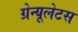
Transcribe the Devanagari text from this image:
ग्रेन्यूलेटस